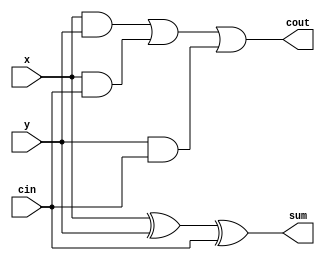
module full_adder (
	x,
	y,
	cin,
	cout,
	sum
);
	input wire x;
	input wire y;
	input wire cin;
	output wire cout;
	output wire sum;
	assign sum = (x ^ y) ^ cin;
	assign cout = ((x & y) | (x & cin)) | (y & cin);
endmodule